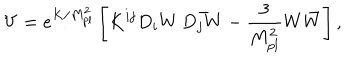
V = e ^ { K / M _ { p l } ^ { 2 } } \left[ K ^ { i j } D _ { i } W \, \bar { D _ { j } W } - \frac { 3 } { M _ { p l } ^ { 2 } } W \bar { W } \right] ,